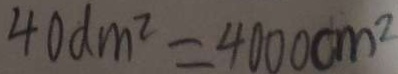
4 0 d m ^ { 2 } = 4 0 0 0 c m ^ { 2 }